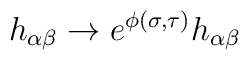
h_{\alpha\beta}\to e^{\phi(\sigma,\tau)}h_{\alpha\beta}